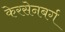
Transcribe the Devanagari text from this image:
केरसेनबर्ग